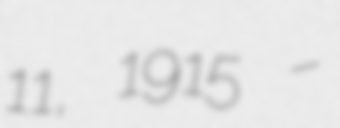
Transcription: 11, 1915 –